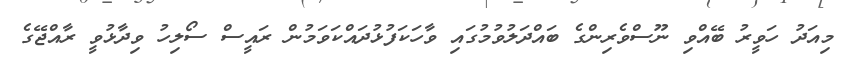
މިއަދު ހަވީރު ބޭއްވި ނޫސްވެރިންގެ ބައްދަލުވުމުގައި ވާހަކަފުޅުދައްކަވަމުން ރައީސް ސޯލިހު ވިދާޅުވީ ރާއްޖޭގެ